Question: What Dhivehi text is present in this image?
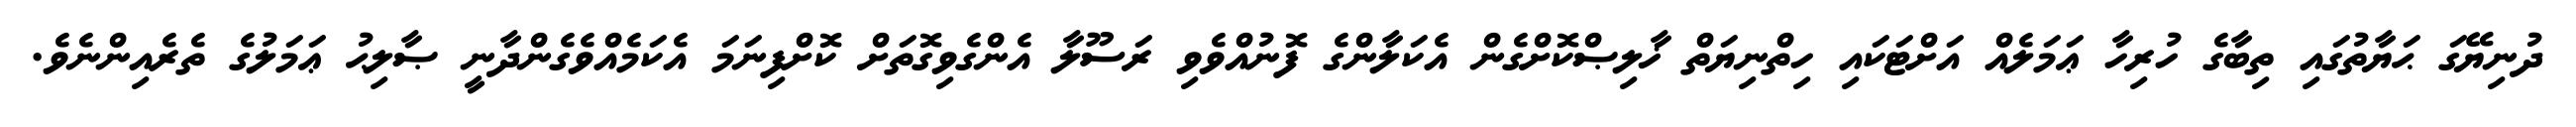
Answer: ދުނިޔޭގަ ޙަޔާތުގައި ތިބާގެ ހުރިހާ ޢަމަލެއް އަށްޓަކައި ހިތްނިޔަތް ޚާލިޞްކޮށްގެން އެކަލާންގެ ފޮނުއްވެވި ރަސޫލާ އެންގެވިގޮތަށް ކޮށްފިނަމަ އެކަމެއްވެގެންދާނީ ޞާލިޙު ޢަމަލުގެ ތެރެއިންނެވެ.